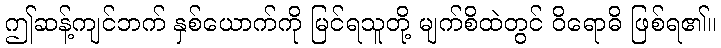
ဤဆန့်ကျင်ဘက် နှစ်ယောက်ကို မြင်ရသူတို့ မျက်စိထဲတွင် ဝိရောဓိ ဖြစ်ရ၏။